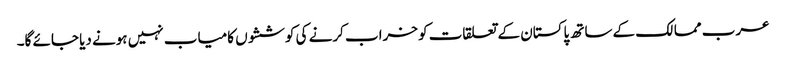
عرب ممالک کے ساتھ پاکستان کے تعلقات کو خراب کرنے کی کوششوں کامیاب نہیں ہونے دیا جائے گا۔